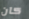
كان